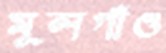
মূলগাঁও